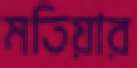
মতিয়ার